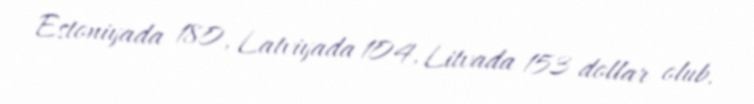
Estoniyada 180, Latviyada 104, Litvada 153 dollar olub.